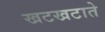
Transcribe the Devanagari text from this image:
खटखटाते